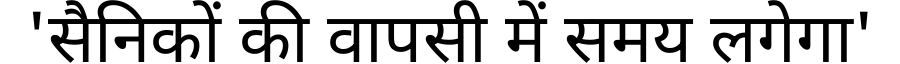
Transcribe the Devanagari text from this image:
'सैनिकों की वापसी में समय लगेगा'